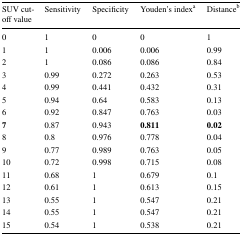
| SUV cut-off value | Sensitivity | Specificity | Youden’s indexa | Distanceb |
 | --- | --- | --- | --- | --- |
 | 0 | 1 | 0 | 0 | 1 |
 | 1 | 1 | 0.006 | 0.006 | 0.99 |
 | 2 | 1 | 0.086 | 0.086 | 0.84 |
 | 3 | 0.99 | 0.272 | 0.263 | 0.53 |
 | 4 | 0.99 | 0.441 | 0.432 | 0.31 |
 | 5 | 0.94 | 0.64 | 0.583 | 0.13 |
 | 6 | 0.92 | 0.847 | 0.763 | 0.03 |
 | 7 | 0.87 | 0.943 | 0.811 | 0.02 |
 | 8 | 0.8 | 0.976 | 0.778 | 0.04 |
 | 9 | 0.77 | 0.989 | 0.763 | 0.05 |
 | 10 | 0.72 | 0.998 | 0.715 | 0.08 |
 | 11 | 0.68 | 1 | 0.679 | 0.1 |
 | 12 | 0.61 | 1 | 0.613 | 0.15 |
 | 13 | 0.55 | 1 | 0.547 | 0.21 |
 | 14 | 0.55 | 1 | 0.547 | 0.21 |
 | 15 | 0.54 | 1 | 0.538 | 0.21 |